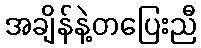
အချိန်နဲ့တပြေးညီ